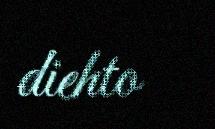
diehto